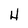
Character: 4